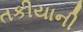
તકીયાની